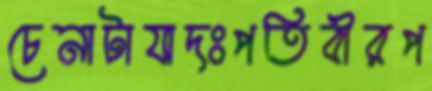
চেনাটাযাদঃপতিবীরপ